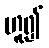
ဟူ၍